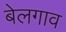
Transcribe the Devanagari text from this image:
बेलगाव